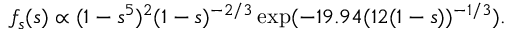
f _ { s } ( s ) \propto ( 1 - s ^ { 5 } ) ^ { 2 } ( 1 - s ) ^ { - 2 / 3 } \exp ( - 1 9 . 9 4 ( 1 2 ( 1 - s ) ) ^ { - 1 / 3 } ) .